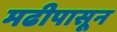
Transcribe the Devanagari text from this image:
मढीपासून